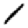
Digit: 1